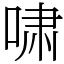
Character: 啸